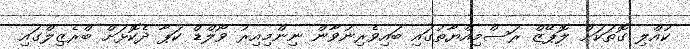
ކުއްލި ގޮތަކަށް ލޮޕޭޒް ރަސްމިއްޔާތުގައި ބައިވެރިނުވާން ނިންމިއިރު ވޯލްޑް ކަޕާ ދެކޮޅަށް ބްރެޒިލްގައި